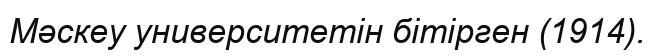
Мәскеу университетін бітірген (1914).